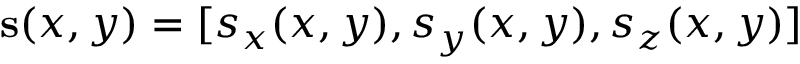
\mathbf { s } ( x , y ) = [ s _ { x } ( x , y ) , s _ { y } ( x , y ) , s _ { z } ( x , y ) ]